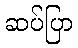
ဆပ်ပြာ